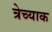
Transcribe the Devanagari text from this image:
त्रेच्याक